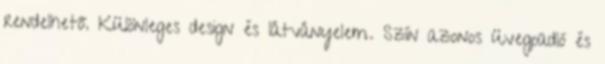
rendelhető. Különleges design és látványelem. Szín azonos üvegpadló és